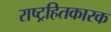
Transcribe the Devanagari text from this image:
राष्ट्रहितकारक